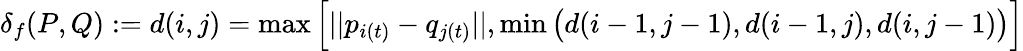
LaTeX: \delta_{f}(P,Q):=d(i,j)=\operatorname*{max}\Big[||p_{i(t)}-q_{j(t)}||,\operatorname*{min}\big(d(i-1,j-1),d(i-1,j),d(i,j-1)\big)\Big]